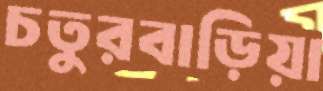
চতুরবাড়িয়া